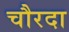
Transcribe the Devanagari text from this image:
चौरदा